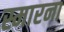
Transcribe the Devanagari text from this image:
स्मारना